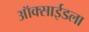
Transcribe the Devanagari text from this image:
ऑक्साईडला